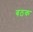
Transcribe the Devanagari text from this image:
बठक